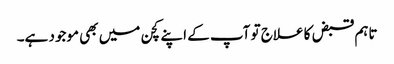
تاہم قبض کا علاج تو آپ کے اپنے کچن میں بھی موجود ہے۔